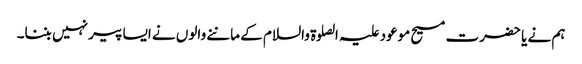
ہم نے یا حضرت مسیح موعود علیہ الصلوۃ والسلام کے ماننے والوں نے ایسا پیر نہیں بننا۔